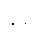
ခုဒ္ဒါ